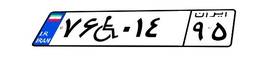
۷۶W۰۱۴۹۵